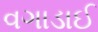
વગાડાઈ